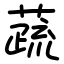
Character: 蔬